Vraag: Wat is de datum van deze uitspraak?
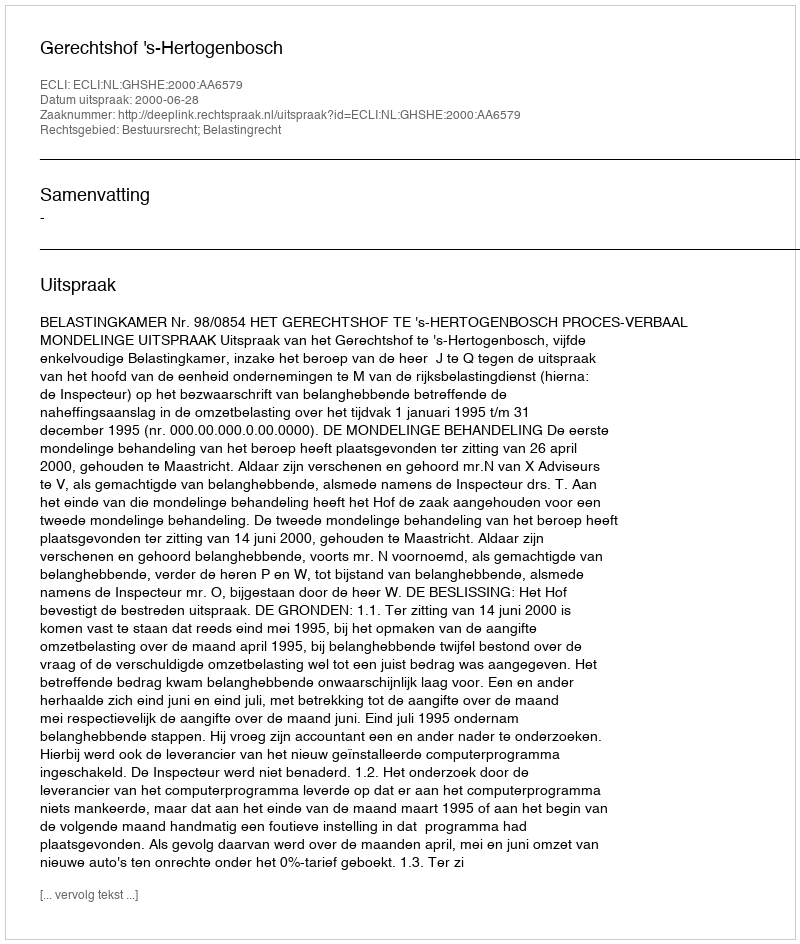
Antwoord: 2000-06-28